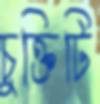
চুক্তিটি